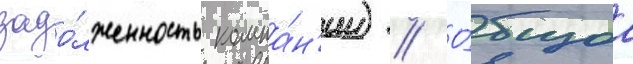
задо́лженность компа́н'ии) // О́бщаа